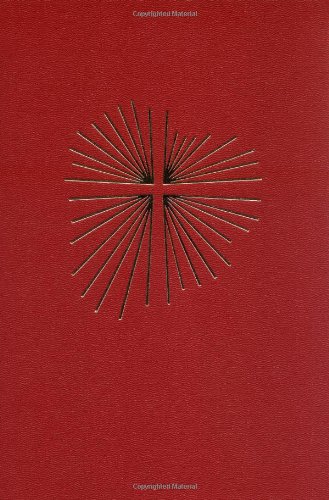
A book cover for Order Of Christian Funerals: Vigil, Funeral Liturgy, And Rite Of Committal: Ritual de exequias cristianas: Vigilia  Liturgia Funeral  y Rito de Sepelio (English and Spanish Edition); Various; Religion & Spirituality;